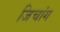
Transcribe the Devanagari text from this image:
जिचांग